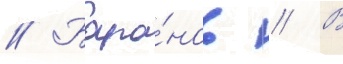
// Бара́нов // В